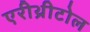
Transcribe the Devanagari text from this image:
एरीथ्रीटोल